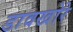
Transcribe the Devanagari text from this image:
डावखोरे